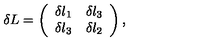
\delta L = \left( \begin{array} { c r c } { \delta l _ { 1 } } & { \delta l _ { 3 } } \\ { \delta l _ { 3 } } & { \delta l _ { 2 } } \\ \end{array} \right) ,